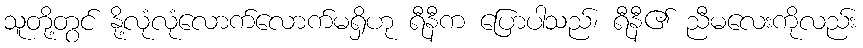
သူတို့တွင် နို့လုံလုံလောက်လောက်မရှိဟု ရီနီက ပြောပါသည်၊ ရီနီ၏ ညီမလေးကိုလည်း